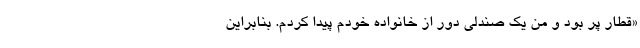
«قطار پر بود و من یک صندلی دور از خانواده خودم پیدا کردم. بنابراین